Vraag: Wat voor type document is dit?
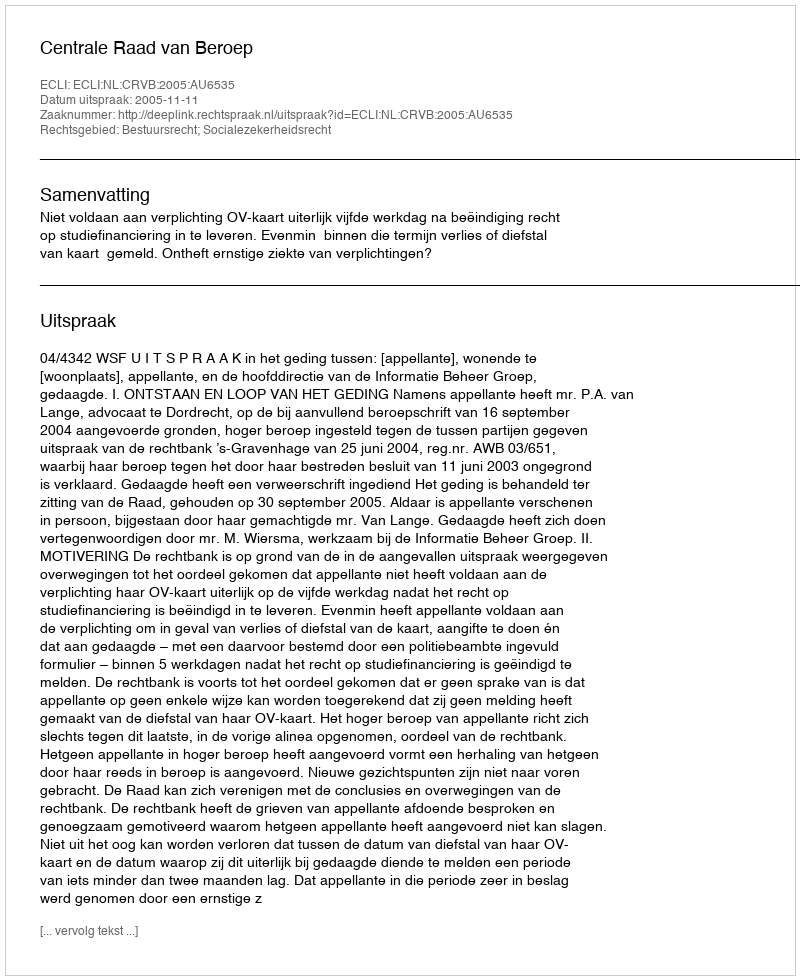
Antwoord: Uitspraak